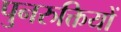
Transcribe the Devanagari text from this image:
पुनरुक्तियों